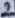
Text: 2